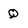
Character: Q